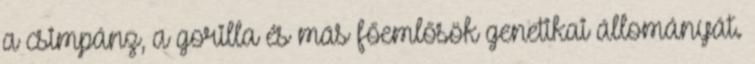
a csimpánz, a gorilla és más főemlősök genetikai állományát.